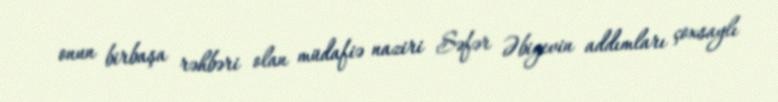
onun birbaşa rəhbəri olan müdafiə naziri Səfər Əbiyevin addımları çoxsaylı